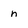
Character: n